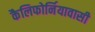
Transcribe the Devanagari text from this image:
कैलिफोर्नियावासी